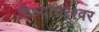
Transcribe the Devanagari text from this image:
विध्याधरेश्वर